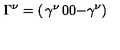
\Gamma ^ { \nu } = \left( \begin{matrix} { \gamma ^ { \nu } } & { 0 } \\ { 0 } & { - \gamma ^ { \nu } } \\ \end{matrix} \right)